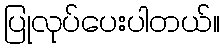
ပြုလုပ်ပေးပါတယ်။